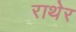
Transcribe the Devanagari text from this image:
राथेर